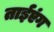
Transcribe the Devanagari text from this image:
ताईएंग